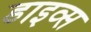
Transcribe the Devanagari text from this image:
डाइव्स